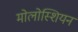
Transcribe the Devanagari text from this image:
मोलोस्शियन